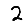
Digit: 2